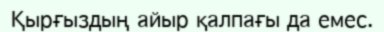
Қырғыздың айыр қалпағы да емес.